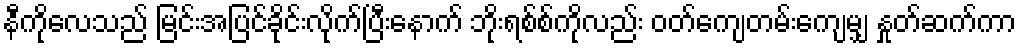
နီကိုလေသည် မြင်းအပြင်ခိုင်းလိုက်ပြီးနောက် ဘိုးရစ်စ်ကိုလည်း ဝတ်ကျေတမ်းကျေမျှ နှုတ်ဆက်ကာ